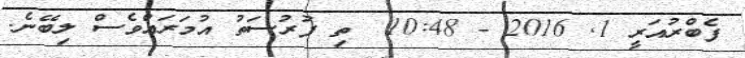
ފެބްރުއަރީ 1